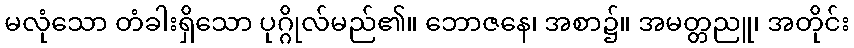
မလုံသော တံခါးရှိသော ပုဂ္ဂိုလ်မည်၏။ ဘောဇနေ၊ အစာ၌။ အမတ္တညူ၊ အတိုင်း